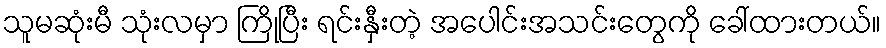
သူမဆုံးမီ သုံးလမှာ ကြိုပြီး ရင်းနှီးတဲ့ အပေါင်းအသင်းတွေကို ခေါ်ထားတယ်။